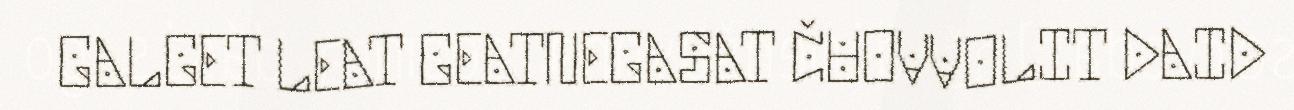
GALGET LEAT GEATNEGASAT ČUOVVOLIT DAID